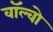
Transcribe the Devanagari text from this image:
वॉल्‍वो